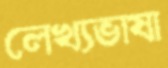
লেখ্যভাষা